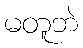
မတူဘဲ